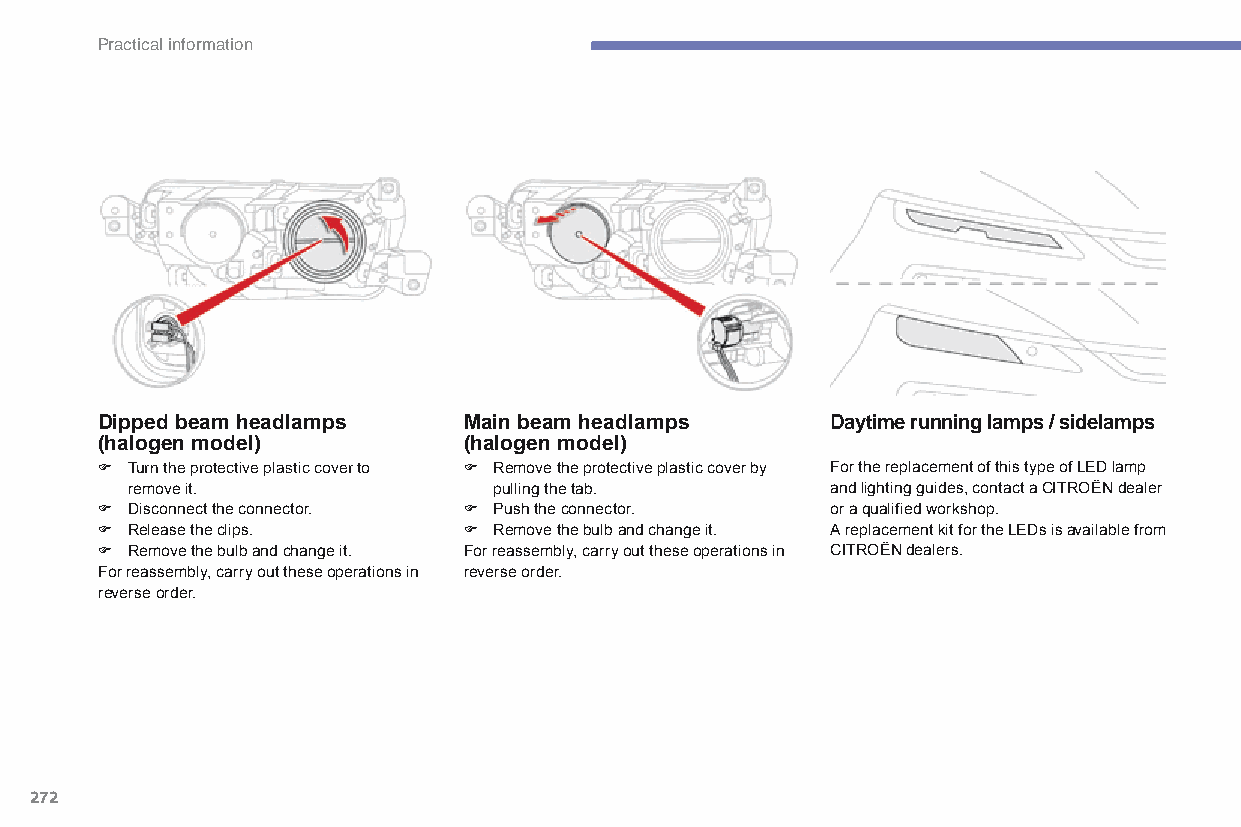
Practical information
 Dipped beam headlamps    Main beam headlamps     Daytime running lamps / sidelamps
 (halogen model)          (halogen model)
 F Turn the protective plastic cover to F Remove the protective plastic cover by For the replacement of this type of LED lamp
 remove it.               pulling the tab.      and lighting guides, contact a CITROËN dealer
 F Disconnect the connector. F Push the connector. or a qualified workshop.
 F Release the clips.     F Remove the bulb and change it. A replacement kit for the LEDs is available from
 F Remove the bulb and change it. For reassembly, carry out these operations in CITROËN dealers.
 For reassembly, carry out these operations in reverse order.
 reverse order.
 272
 C4-Picasso-II_en_Chap07_info-pratiques_ed01-2015